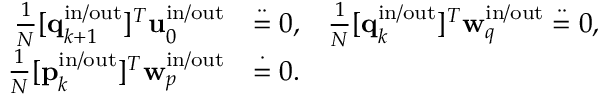
\begin{array} { r l } { \frac { 1 } { N } [ \mathbf { q } _ { k + 1 } ^ { \mathrm { i n } / \mathrm { o u t } } ] ^ { T } \mathbf { u } _ { 0 } ^ { \mathrm { i n } / \mathrm { o u t } } } & { \stackrel { \cdot \cdot } { = } 0 , \; \; \; \frac { 1 } { N } [ \mathbf { q } _ { k } ^ { \mathrm { i n } / \mathrm { o u t } } ] ^ { T } \mathbf { w } _ { q } ^ { \mathrm { i n } / \mathrm { o u t } } \stackrel { \cdot \cdot } { = } 0 , } \\ { \frac { 1 } { N } [ \mathbf { p } _ { k } ^ { \mathrm { i n } / \mathrm { o u t } } ] ^ { T } \mathbf { w } _ { p } ^ { \mathrm { i n } / \mathrm { o u t } } } & { \stackrel { \cdot } { = } 0 . } \end{array}